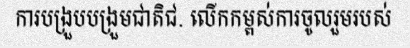
ការបង្រួបបង្រួមជាតិជ. លើកកម្ពស់ការចូលរួមរបស់